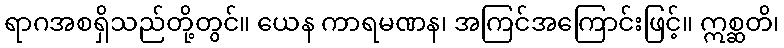
ရာဂအစရှိသည်တို့တွင်။ ယေန ကာရမဏန၊ အကြင်အကြောင်းဖြင့်။ ဣစ္ဆတိ၊